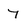
Character: 7